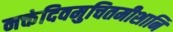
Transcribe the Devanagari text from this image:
नक्तंदिवमुचितमीशानि